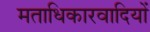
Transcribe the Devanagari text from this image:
मताधिकारवादियों